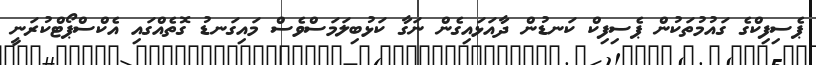
ޕެސިފިކްގެ ގައުމުތަކުން ޕެސިފިކް ކަނޑުން ދާއަޅައިގެން ނަގާ ކަޅުބިލަމަސްވެސް މައިގަނޑު ގޮތެއްގައި އެކްސްޕޯޓްކުރަނީ